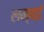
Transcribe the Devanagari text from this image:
लम्बई